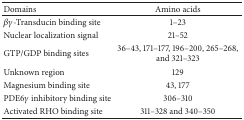
<table><thead><tr><td><b>Domains</b></td><td><b>Amino acids</b></td></tr></thead><tbody><tr><td><i>βγ</i>-Transducin binding site</td><td>1–23</td></tr><tr><td>Nuclear localization signal</td><td>21–52</td></tr><tr><td>GTP/GDP binding sites</td><td>36–43, 171–177, 196–200, 265–268, and 321–323</td></tr><tr><td>Unknown region</td><td>129</td></tr><tr><td>Magnesium binding site</td><td>43, 177</td></tr><tr><td>PDE6<i>γ</i> inhibitory binding site</td><td>306–310</td></tr><tr><td>Activated RHO binding site</td><td>311–328 and 340–350</td></tr></tbody></table>